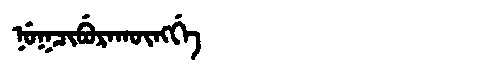
Manchu: ᠨᡠᡴᠴᡳᠪᡠᡵᠠᡴᡡᠩᡤᡝ
Romanization: NUKCIBURAKŪNGGE